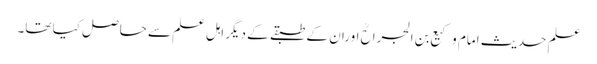
علمِ حدیث امام وکیع بن الجراحؒ اوران کے طبقے کے دیگر اہلِ علم سے حاصل کیا تھا۔